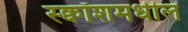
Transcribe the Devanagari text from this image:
स्क्वॉशमधील